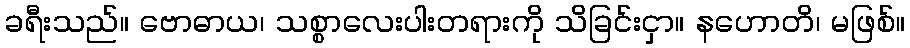
ခရီးသည်။ ဗောဓာယ၊ သစ္စာလေးပါးတရားကို သိခြင်းငှာ။ နဟောတိ၊ မဖြစ်။